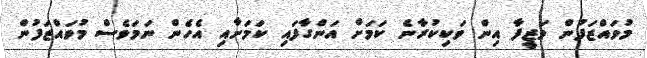
މުވައްޒަފުން ވަޒީފާ އިން ވަކިކުރާނެ ކަމަށް އަންގާފައި ކަމަށާއި އެހެން ނަމަވެސް މުވައްޒަފުން